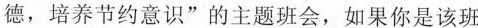
德，培养节约意识”的主题班会，如果你是该班